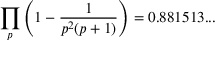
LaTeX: \prod _ { p } \left( 1 - { \frac { 1 } { p ^ { 2 } ( p + 1 ) } } \right) = 0 . 8 8 1 5 1 3 . . .